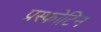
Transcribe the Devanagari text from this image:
प्रस्फोटिन